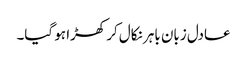
عادل زبان باہر نکال کر کھڑا ہو گیا۔